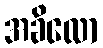
အခိလော